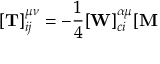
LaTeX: [ { \bf T } ] _ { i j } ^ { \mu \nu } = - { \frac 1 4 } [ { \bf W } ] _ { c i } ^ { \alpha \mu } [ { \bf M }